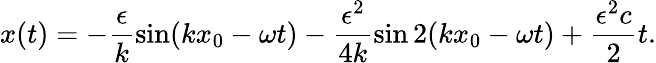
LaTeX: x(t)=-\frac{\epsilon}{k}\sin(kx_{0}-\omega t)-\frac{\epsilon^{2}}{4k}\sin 2(kx_{0}-\omega t)+\frac{\epsilon^{2}c}{2}t.